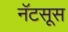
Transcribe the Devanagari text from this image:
नॅटसूस